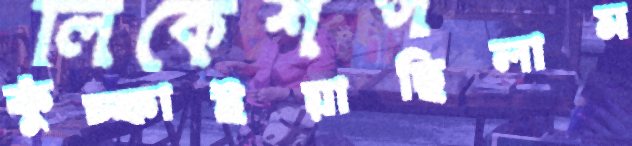
কুঁচ্‌কাইয়াছিলাম